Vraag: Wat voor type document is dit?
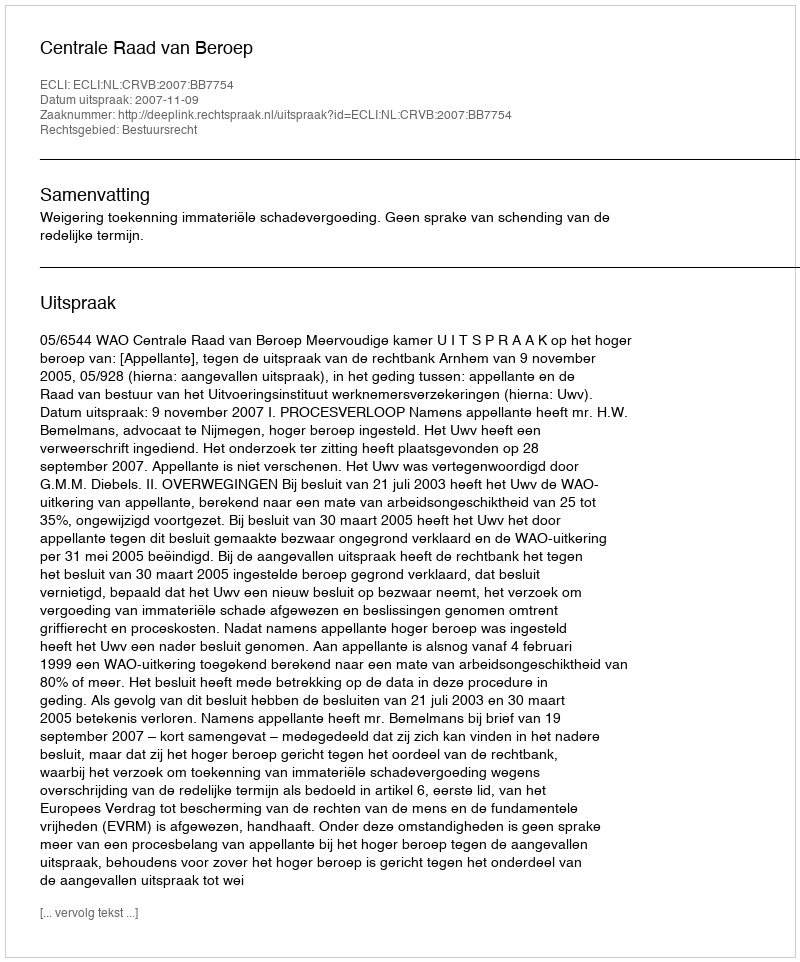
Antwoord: Uitspraak